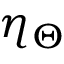
\eta _ { \Theta }